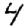
Digit: 4